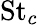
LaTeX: \mathrm{St}_{c}